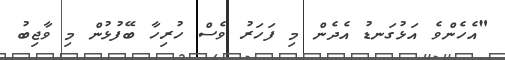
"އެހެންވެ އަޅުގަނޑު އެދެން މި ފަހަރު ވެސް ހުރިހާ ބޭފުޅުން މި ވާޖިބު